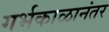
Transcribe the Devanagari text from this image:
गर्भकाळानंतर